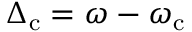
\Delta _ { \mathrm { c } } = \omega - \omega _ { \mathrm { c } }